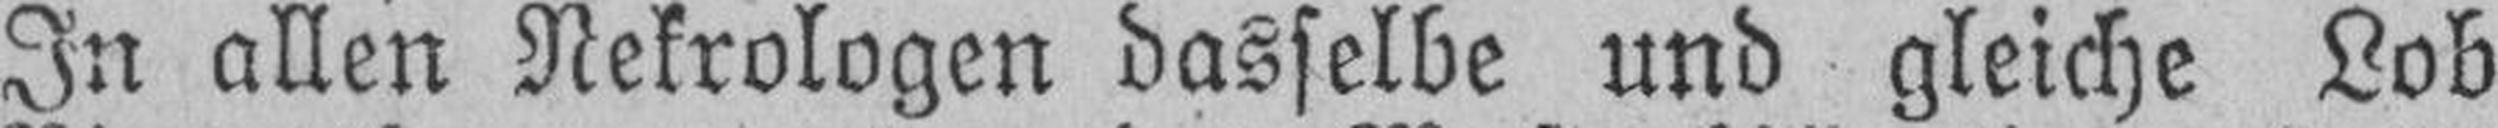
In allen Nekrologen dasselbe und gleiche Lob